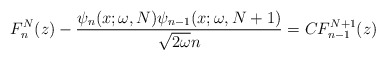
\begin{align*} F_{n}^{N}(z)-\frac{\psi _{n}(x;\omega,N) \psi _{n-1} ( x;\omega ,N+1 ) }{\sqrt{2\omega }n}=CF_{n-1}^{N+1}(z) \end{align*}